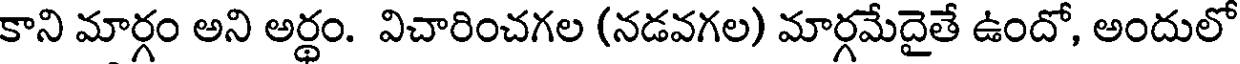
కాని మార్గం అని అర్థం. విచారించగల (నడవగల) మార్గమేదైతే ఉందో, అందులో